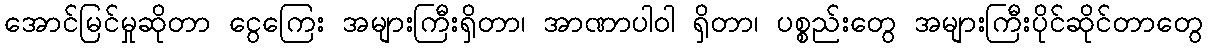
အောင်မြင်မှုဆိုတာ ငွေကြေး အများကြီးရှိတာ၊ အာဏာပါဝါ ရှိတာ၊ ပစ္စည်းတွေ အများကြီးပိုင်ဆိုင်တာတွေ